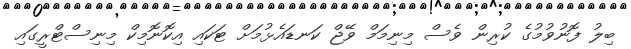
ބިލު ފޮނުވުމުގެ ކުރިން ވެސް މިނިމަމް ވޭޖް ކަނޑައެޅުމަށް ޓަކައި އިކޮނޮމިކް މިނިސްޓްރީގައި